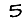
Digit: 5